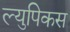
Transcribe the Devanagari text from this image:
ल्युपिकस